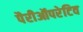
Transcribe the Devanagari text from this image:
पैरीऑपरेटिव